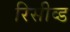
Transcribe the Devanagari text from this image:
रिसीव्ड